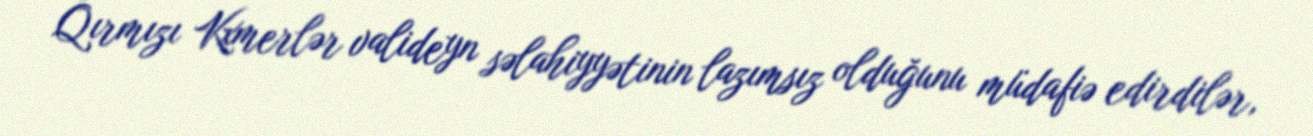
Qırmızı Kxmerlər valideyn səlahiyyətinin lazımsız olduğunu müdafiə edirdilər,